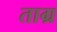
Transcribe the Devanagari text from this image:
ताग्र